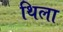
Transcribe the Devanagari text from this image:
थिला